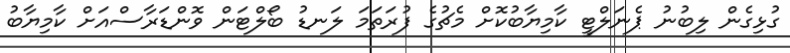
ގުޅިގެން ލިބުނު ޕެނަލްޓީ ކާމިޔާބުކޮށް މެޗުގެ ފުރަތަމަ ލަނޑު ބޯލްޓަން ވޮންޑަރާސްއަށް ކާމިޔާބު